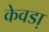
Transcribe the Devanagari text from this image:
केवडा़